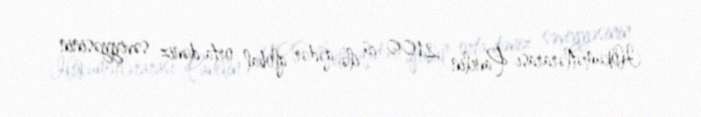
Hökumətlərarası Panelin 2100-cü ilə qədər qlobal orta dəniz səviyyəsinin